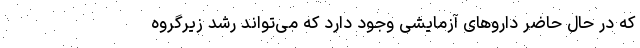
که در حال حاضر داروهای آزمایشی وجود دارد که می‌تواند رشد زیرگروه